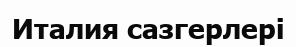
Италия сазгерлері